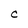
Character: C